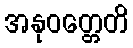
အနုဝတ္တေတိ